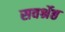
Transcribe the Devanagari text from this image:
सवर्श्रेष्ठ